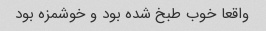
واقعا خوب طبخ شده بود و خوشمزه بود